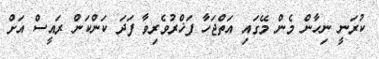
ކުރަނީ ނިހާން މެން މޭގައި އަތްޖަހާ ފަޚްރުވެރިވާ ފަދަ ކަންކަން ރައީސް އަށް